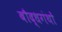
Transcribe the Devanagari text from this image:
बौद्धगंथों